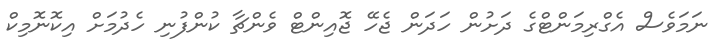
ނަމަވެސް އެގްރިމަންޓްގެ ދަށުން ހަދަން ޖެހޭ ޖޮއިންޓް ވެންޗާ ކުންފުނި ހެދުމަށް އިކޮނޮމިކް